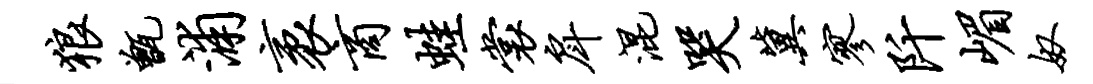
狼甑浦袤商蛙裳戽混哭冀寥阡嵋奴